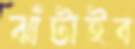
ঝাঁটাইব